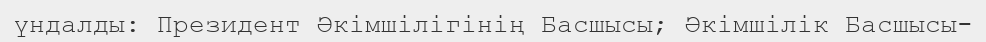
үндалды: Президент Әкімшілігінің Басшысы; Әкімшілік Басшысы-